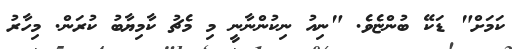
ކަމަށް" ޑަކޭ ބުންޏެވެ. "ނިއު ނިކުންނާނީ މި މެޗު ކާމިޔާބު ކުރަން. މިހާރު